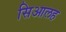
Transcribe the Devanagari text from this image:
सिआलह